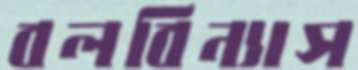
বলবিন্যাস